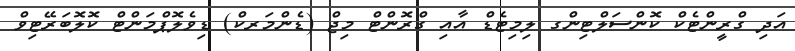
އަދި ގްރީންޓެކް ކޮންސަލްޓިންގ ލިމިޓެޑް އާއި ގްރޮންޓް މިޖް (ޑެންމަރކް) ޑިވެލޮޕްމަންޓް ކޮލޮބަރޭޓިވް